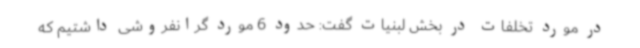
در مورد تخلفات در بخش لبنیات گفت: حدود 6 مورد گرانفروشی داشتیم که